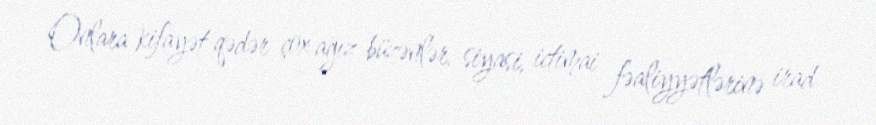
Onlara kifayət qədər çox ağız büzənlər, siyasi, ictimai fəaliyyətlərinə irad